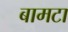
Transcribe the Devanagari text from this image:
बामटा